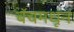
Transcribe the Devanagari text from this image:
बॅचमधून